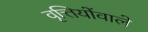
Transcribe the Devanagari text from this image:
वृत्तियोंवाले